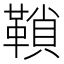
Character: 𩌆